Epidemic dropsy in Calcutta - Number 45
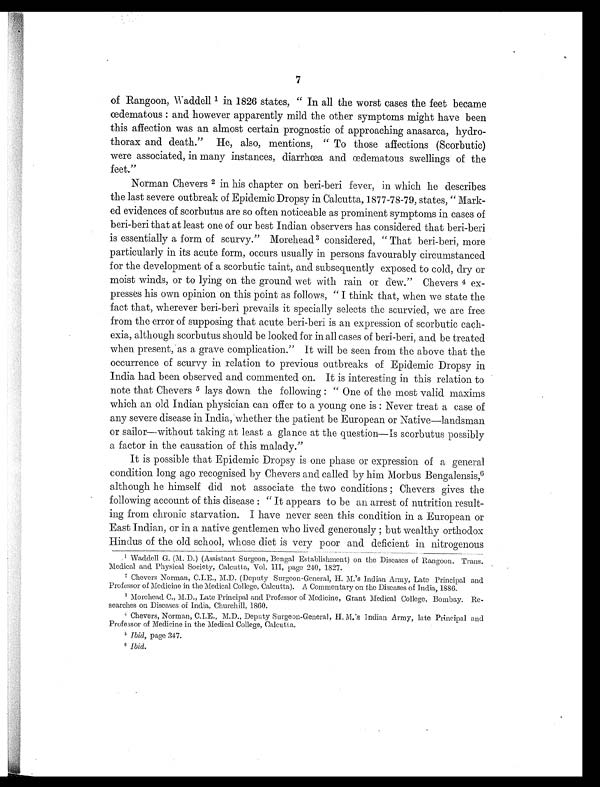
7
of Rangoon, Waddell 1 in 1826 states, " In all the worst cases the feet became
œ d e m a t o u s : a n d h o w e v e r a p p a r e n t l y m i l d t h e o t h e r s y m p t o m s m i g h t h a v e b e e n
this affection was an almost certain prognostic of approaching anasarca, hydro-
thorax and death." He, also, mentions, " To those affections (Scorbutic)
were associated, in many instances, diarrhœa and œdematous swellings of the
feet."
Norman Chevers 2 in his chapter on beri-beri fever, in which he describes
the last severe outbreak of Epidemic Dropsy in Calcutta, 1877-78-79, states, " Mark-
ed evidences of scorbutus are so often noticeable as prominent symptoms in cases of
beri-beri that at least one of our best Indian observers has considered that beri-beri
is essentially a form of scurvy." Morehead 3 considered, " That beri-beri, more
particularly in its acute form, occurs usually in persons favourably circumstanced
for the development of a scorbutic taint, and subsequently exposed to cold, dry or
moist winds, or to lying on the ground wet with rain or clew." Chevers 4 ex
presses his own opinion on this point as follows, " I think that, when we state the
fact that, wherever beri-beri prevails it specially selects the scurvied, we are free
from the error of supposing that acute beri-beri is an expression of scorbutic cach-
exia, although scorbutus should be looked for in all cases of beri-beri, and be treated
when present, as a grave complication." It will be seen from the above that the
occurrence of scurvy in relation to previous outbreaks of Epidemic Dropsy in
India had been observed and commented on. It is interesting in this relation to
note that Chevers 5 l a y s d o w n t h e f o l l o w i n g : " O n e o f t h e m o s t v a l i d m a x i m s
which an old Indian physician can offer to a young one is : Never treat a case of
any severe disease in India, whether the patient be European or Native—landsman
or sailor—without taking at least a glance at the question—is scorbutus possibly
a factor in the causation of this malady."
It is possible that Epidemic Dropsy is one phase or expression of a general
condition long ago recognised by Chevers and called by him Morbus Bengalensis, 6
although he himself did not associate the two conditions Chevers gives the
following account of this disease : " it appears to be an arrest of nutrition result-
ing from chronic starvation. I have never seen this condition in a European or
East Indian, or in a native gentlemen who lived generously but wealthy orthodox
Hindus of the old school, whose diet is very poor and deficient in nitrogenous
1Waddell G. (M. D.) (Assistant Surgeon, Bengal Establishment) on the Diseases of Rangoon. Trans.
Medical and Physical Society, Calcutta, Vol. III, page 240, 1827.
2Chevers Norman, C.I.E., M.D. (Deputy Surgeon-General, H. M.'s Indian Army, Late Principal and
Professor of Medicine in the Medical College, Calcutta). A Commentary on the Diseases of India, 1886.
3 Morehead. C., M.D., Late Principal and Professor of Medicine, Grant Medical College, Bombay. Re-
searches on Diseases of India, Churchill, 1860.
4Chevers, Norman, C.I. E., M.D., Deputy Surgeon-General, H. M.'s Indian Army, late Principal and
Professor of Medicine in the Medical College, Calcutta.
5
I b i d ,
page 347.
6 Ibid.